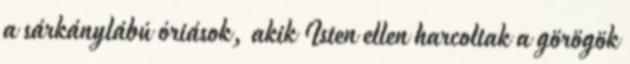
a sárkánylábú óriások, akik Isten ellen harcoltak a görögök